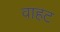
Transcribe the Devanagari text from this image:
वाहट